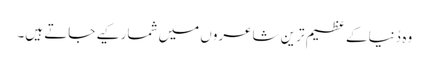
وہ دُنیا کے عظیم ترین شاعروں میں شمار کیے جاتے ہیں۔